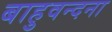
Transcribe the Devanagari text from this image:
बाहुवन्दना